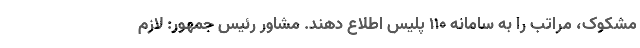
مشکوک، مراتب را به سامانه ۱۱۰ پلیس اطلاع دهند. مشاور رئیس جمهور: لازم